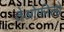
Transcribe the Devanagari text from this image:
तेओफीलो